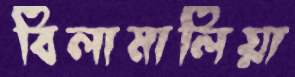
বিলামালিয়া